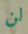
لن